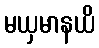
မယှမာနယိ